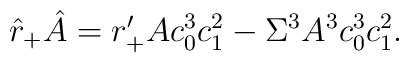
\hat{r}_+ \hat{A} = r'_+ A c_0^3 c_1^2 - \Sigma^3 A^3 c_0^3 c_1^2.